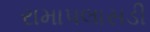
રામાપલાસડી